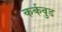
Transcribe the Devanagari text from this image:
कर्कवुड